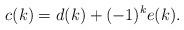
LaTeX: \begin{align*} c(k) = d(k) + (-1)^{k}e(k).\end{align*}